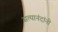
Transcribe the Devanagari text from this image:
सत्यानंदांनी